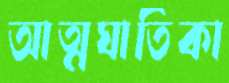
আত্মঘাতিকা